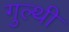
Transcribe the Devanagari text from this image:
गुल्थी